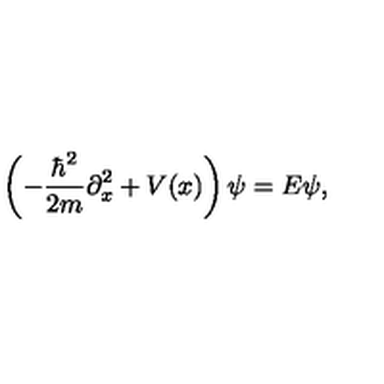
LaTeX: \left( - { \frac { \hbar ^ { 2 } } { 2 m } } \partial _ { x } ^ { 2 } + V ( x ) \right) \psi = E \psi ,